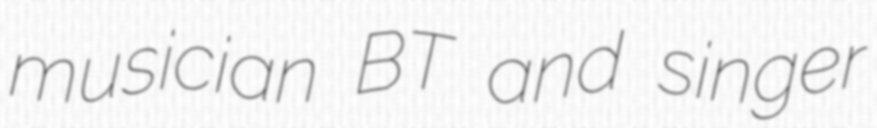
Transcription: musician BT and singer